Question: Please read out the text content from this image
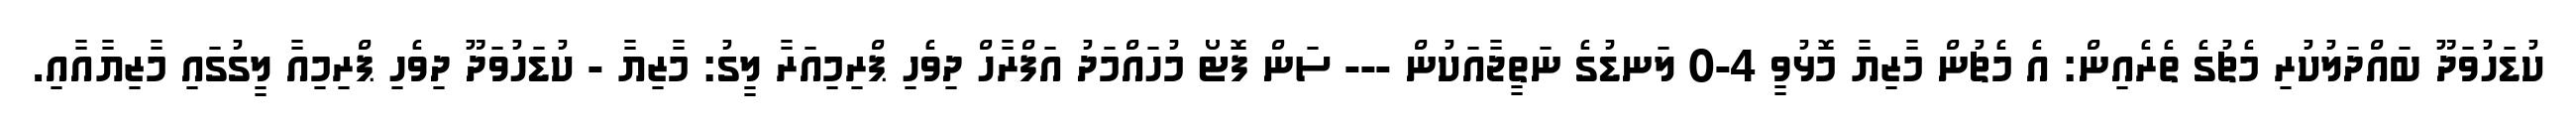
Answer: ކުޑަހުވަދޫ ބައްދަލުކުރި މެޗުގެ ތެރެއިން: އެ މެޗުން މާޒިޔާ މޮޅުވީ 4-0 ލަނޑުގެ ނަތީޖާއަކުން --- ސަން ފޮޓޯ މުހައްމަދު އަފްރާހް ދިވެހި ޕްރިމިއަރާ ލީގު: މާޒިޔާ - ކުޑަހުވަދޫ ދިވެހި ޕްރިމިއާ ލީގުގައި މާޒިޔާއާއި.